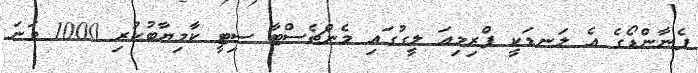
ފެނާންޑޯގެ އެ ލަނޑަކީ ޕްރިމިއަ ލީގުގައި މެންޗެސްޓާ ސިޓީ ކާމިޔާބުކުރި 1000 ވަނަ